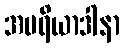
အပရိယာဒါနာ